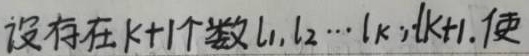
设存在\(k + 1\)个数\(l_{1},l_{2},\cdots,l_{k},l_{k + 1}\)，使